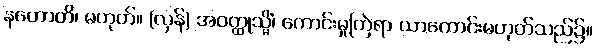
နဟောတိ၊ မဟုတ်။ (လှန်) အဝတ္ထုသ္မိံ၊ ကောင်းမှုကြဲရာ ယာကောင်းမဟုတ်သည်၌။